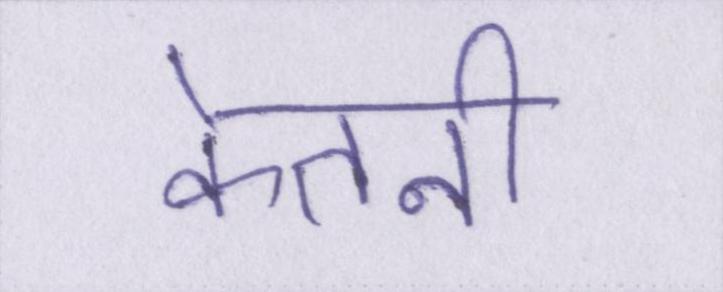
केतनी